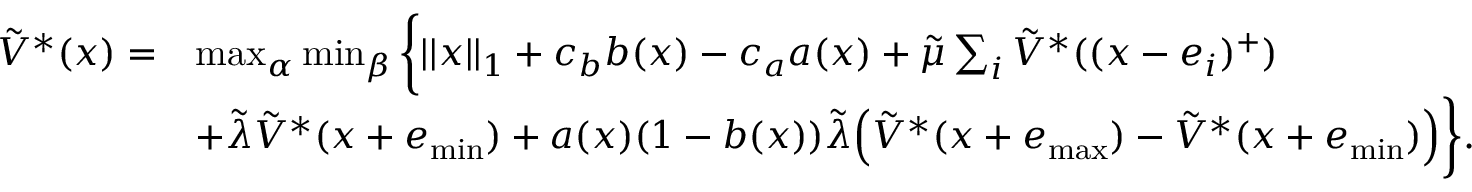
\begin{array} { r l } { \tilde { V } ^ { * } ( x ) = } & { \operatorname* { m a x } _ { \alpha } \operatorname* { m i n } _ { \beta } \bigg \{ | | x | | _ { 1 } + c _ { b } b ( x ) - c _ { a } a ( x ) + \tilde { \mu } \sum _ { i } \tilde { V } ^ { * } ( ( x - e _ { i } ) ^ { + } ) } \\ & { + \tilde { \lambda } \tilde { V } ^ { * } ( x + e _ { \operatorname* { m i n } } ) + a ( x ) ( 1 - b ( x ) ) \tilde { \lambda } \Big ( \tilde { V } ^ { * } ( x + e _ { \operatorname* { m a x } } ) - \tilde { V } ^ { * } ( x + e _ { \operatorname* { m i n } } ) \Big ) \bigg \} . } \end{array}